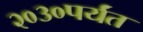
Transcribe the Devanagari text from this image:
२०३०पर्यंत